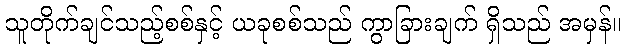
သူတိုက်ချင်သည့်စစ်နှင့် ယခုစစ်သည် ကွာခြားချက် ရှိသည် အမှန်။